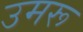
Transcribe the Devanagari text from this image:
उमरू